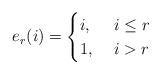
LaTeX: \begin{align*}e_r(i) = \begin{cases}i, & \ i\leq r\\ 1, & \ i>r\end{cases}\end{align*}